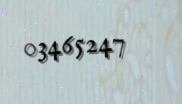
03465247